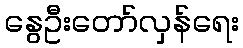
နွေဦးတော်လှန်ရေး